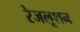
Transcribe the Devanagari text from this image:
रेजलूशन